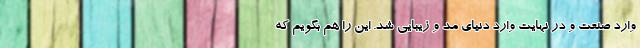
وارد صنعت و در نهایت وارد دنیای مد و زیبایی شد. این را هم بگویم که